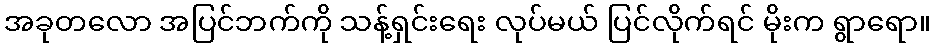
အခုတလော အပြင်ဘက်ကို သန့်ရှင်းရေး လုပ်မယ် ပြင်လိုက်ရင် မိုးက ရွာရော။